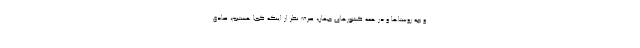
و چه روستاها و در همه کشورهای جهان، صرف نظر از اینکه کجا هستیم، صادق